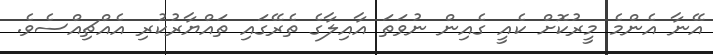
އޭނާ އެންމެ މީރުކޮށް ކެއީ ގެއިން ނުވަތަ އާއިލާގެ ތެރޭގައި ތައްޔާރުކުރި އެއްޗިއްސެވެ.